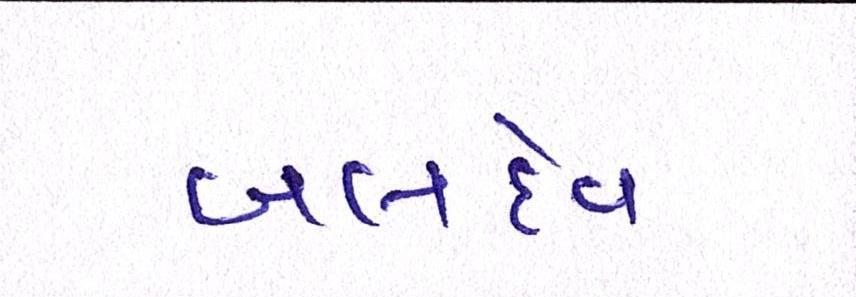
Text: બલદેવ